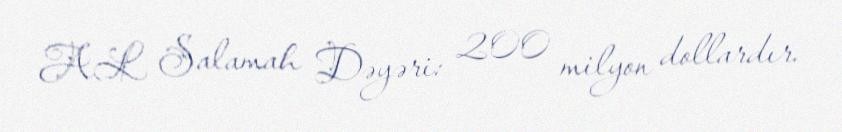
AL Salamah Dəyəri: 200 milyon dollardır.